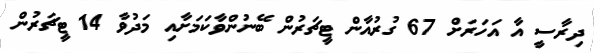
ދިރާސީ އާ އަހަރަށް 67 ގުރުއާން ޓީޗަރުން ބޭނުންވާކަމަށާއި މަދުވާ 14 ޓީޗަރުން